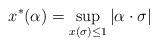
LaTeX: \begin{align*}x^*(\alpha) = \sup \limits_{x(\sigma) \leq 1} |\alpha \cdot \sigma|\end{align*}